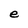
Character: e